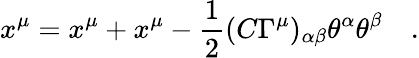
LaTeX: x^{\mu}=x^{\mu}+x^{\mu}-{\frac{1}{2}}(C\Gamma^{\mu})_{\alpha\beta}\theta^{\alpha}\theta^{\beta}\quad.